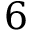
6